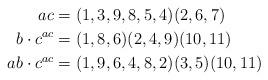
LaTeX: \begin{align*}ac &= (1,3,9,8,5,4)(2,6,7) \\ b \cdot c^{ac} &= (1,8,6)(2,4,9)(10,11) \\ab \cdot c^{ac} &= (1,9,6,4,8,2)(3,5)(10,11)\\\end{align*}